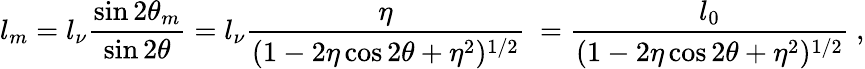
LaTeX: l_{m}=l_{\nu}\frac{\sin 2\theta_{m}}{\sin 2\theta}=l_{\nu}\frac{\eta}{(1-2\eta\cos 2\theta+\eta^{2})^{1/2}}~=\frac{l_{0}}{(1-2\eta\cos 2\theta+\eta^{2})^{1/2}}~,